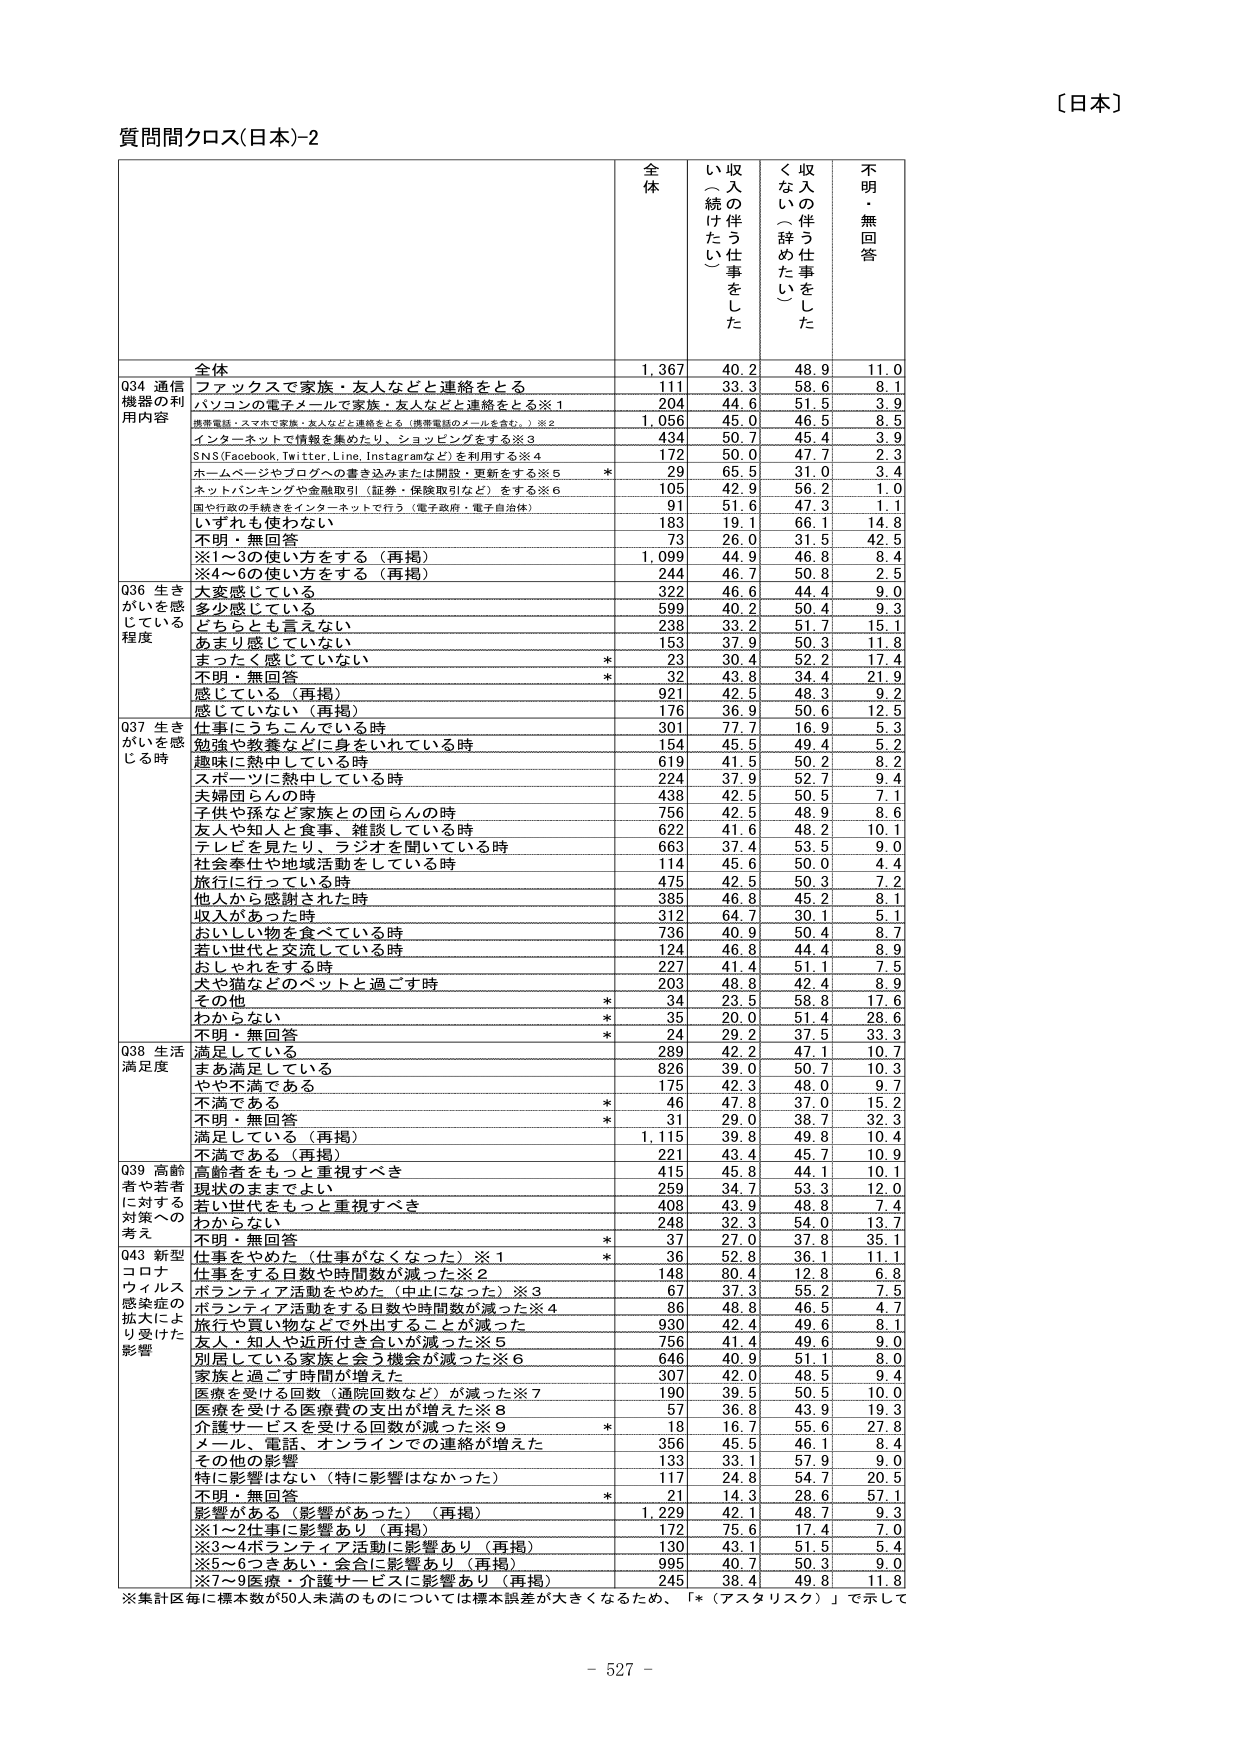
〔日本〕

質問間クロス(日本)-2

全
体
収入の伴う仕事をした
（～続けたい）
収入の伴う仕事をした
（～辞めたい）
不明・無回答

全体
1,367
40.2
48.9
11.0

Q34 通信
機器の利
用内容
ファックスで家族・友人などと連絡をとる
111
33.3
58.6
8.1
パソコンの電子メールで家族・友人などと連絡をとる※1
204
44.6
51.5
3.9
携帯電話・スマホで家族・友人などと連絡をとる（携帯電話のメールを含む。）※2
1,056
45.0
46.5
8.5
インターネットで情報を集めたり、ショッピングをする※3
434
50.7
45.4
3.9
SNS(Facebook, Twitter, Line, Instagramなど)を利用する※4
172
50.0
47.7
2.3
ホームページやブログへの書き込みまたは開設・更新をする※5
*
29
65.5
31.0
3.4
ネットバンキングや金融取引（証券・保険取引など）をする※6
105
42.9
56.2
1.0
国や行政の手続きをインターネットで行う（電子政府・電子自治体）
91
51.6
47.3
1.1
いずれも使わない
183
19.1
66.1
14.8
不明・無回答
73
26.0
31.5
42.5
※1～3の使い方をする（再掲）
1,099
44.9
46.8
8.4
※4～6の使い方をする（再掲）
244
46.7
50.8
2.5

Q36 生き
がいを感
じている
程度
大変感じている
322
46.6
44.4
9.0
多少感じている
599
40.2
50.4
9.3
どちらとも言えない
238
33.2
51.7
15.1
あまり感じていない
153
37.9
50.3
11.8
まったく感じていない
*
23
30.4
52.2
17.4
不明・無回答
*
32
43.8
34.4
21.9
感じている（再掲）
921
42.5
48.3
9.2
感じていない（再掲）
176
36.9
50.6
12.5

Q37 生き
がいを感
じる時
仕事にうちこんでいる時
301
77.7
16.9
5.3
勉強や教養などに身をいれている時
154
45.5
49.4
5.2
趣味に熱中している時
619
41.5
50.2
8.2
スポーツに熱中している時
224
37.9
52.7
9.4
夫婦団らんの時
438
42.5
50.5
7.1
子供や孫など家族との団らんの時
756
42.5
48.9
8.6
友人や知人と食事・雑談している時
622
41.6
48.2
10.1
テレビを見たり、ラジオを聞いている時
663
37.4
53.5
9.0
社会奉仕や地域活動をしている時
114
45.6
50.0
4.4
旅行に行っている時
475
42.5
50.3
7.2
他人から感謝された時
385
46.8
45.2
8.1
収入があった時
312
64.7
30.1
5.1
おいしい物を食べている時
736
40.9
50.4
8.7
若い世代と交流している時
124
46.8
44.4
8.9
おしゃれをする時
227
41.4
51.1
7.5
犬や猫などのペットと過ごす時
203
48.8
42.4
8.9
その他
*
34
23.5
58.8
17.6
わからない
*
35
20.0
51.4
28.6
不明・無回答
*
24
29.2
37.5
33.3

Q38 生活
満足度
満足している
289
42.2
47.1
10.7
まあ満足している
826
39.0
50.7
10.3
やや不満である
175
42.3
48.0
9.7
不満である
*
46
47.8
37.0
15.2
不明・無回答
*
31
29.0
38.7
32.3
満足している（再掲）
1,115
39.8
49.8
10.4
不満である（再掲）
221
43.4
45.7
10.9

Q39 高齢
者や若者
に対する
対策への
考え
高齢者をもっと重視すべき
415
45.8
44.1
10.1
現状のままでよい
259
34.7
53.3
12.0
若い世代をもっと重視すべき
408
43.9
48.8
7.4
わからない
248
32.3
54.0
13.7
不明・無回答
*
37
27.0
37.8
35.1

Q43 新型
コロナ
ウィルス
感染症の
拡大によ
り受けた
影響
仕事をやめた（仕事がなくなった）※1
*
36
52.8
36.1
11.1
仕事をする日数や時間数が減った※2
148
80.4
12.8
6.8
ボランティア活動をやめた（中止になった）※3
67
37.3
55.2
7.5
ボランティア活動をする日数や時間数が減った※4
86
48.8
46.5
4.7
旅行や買い物などで外出することが減った
930
42.4
49.6
8.1
友人・知人や近所付き合いが減った※5
756
41.4
49.6
9.0
別居している家族と会う機会が減った※6
646
40.9
51.1
8.0
家族と過ごす時間が増えた
307
42.0
48.5
9.4
医療を受ける回数（通院回数など）が減った※7
190
39.5
50.5
10.0
医療を受ける医療費の支出が増えた※8
57
36.8
43.9
19.3
介護サービスを受ける回数が減った※9
*
18
16.7
55.6
27.8
メール、電話、オンラインでの連絡が増えた
356
45.5
46.1
8.4
その他の影響
133
33.1
57.9
9.0
特に影響はない（特に影響はなかった）
117
24.8
54.7
20.5
不明・無回答
*
21
14.3
28.6
57.1
影響がある（影響があった）（再掲）
1,229
42.1
48.7
9.3
※1～2仕事に影響あり（再掲）
172
75.6
17.4
7.0
※3～4ボランティア活動に影響あり（再掲）
130
43.1
51.5
5.4
※5～6つきあい・会合に影響あり（再掲）
995
40.7
50.3
9.0
※7～9医療・介護サービスに影響あり（再掲）
245
38.4
49.8
11.8

※集計区毎に標本数が50人未満のものについては標本誤差が大きくなるため、「*（アスタリスク）」で示して

- 527 -